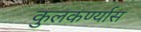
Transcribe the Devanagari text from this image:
कुलकर्ण्यास